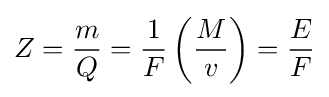
Z={\frac {m}{Q}}={\frac {1}{F}}\left({\frac {M}{v}}\right)={\frac {E}{F}}